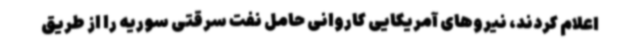
اعلام کردند، نیروهای آمریکایی کاروانی حامل نفت سرقتی سوریه را از طریق